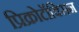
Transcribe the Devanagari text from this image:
प्रिक्रोटॉक्सिन